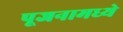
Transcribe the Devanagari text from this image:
पूजनामध्ये